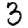
Digit: 3